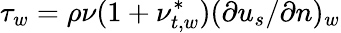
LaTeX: \tau_{w}=\rho\nu(1+\nu_{t,w}^{*})(\partial{u_{s}}/\partial{n})_{w}